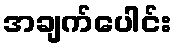
အချက်ပေါင်း